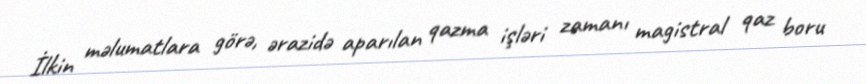
İlkin məlumatlara görə, ərazidə aparılan qazma işləri zamanı magistral qaz boru